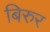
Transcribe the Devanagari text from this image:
बिरुर